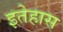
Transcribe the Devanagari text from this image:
इतेहास